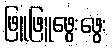
ဖြူဖြူဖွေးဖွေး